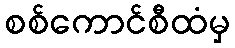
စစ်ကောင်စီထံမှ